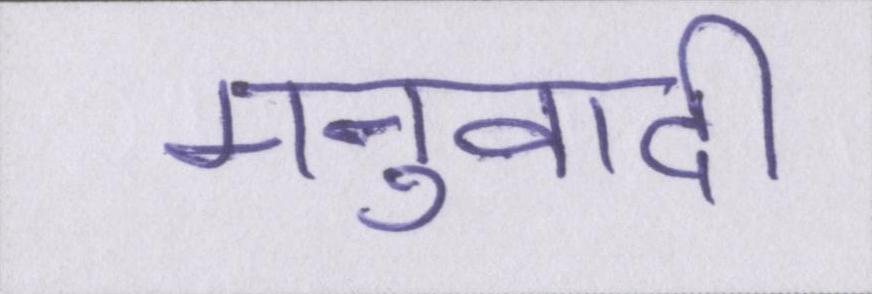
मनुवादी